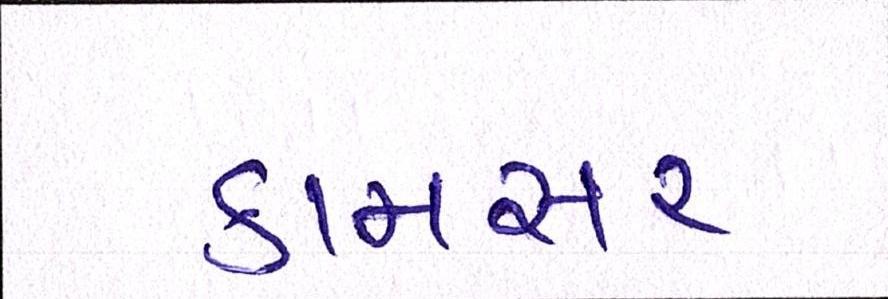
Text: કામસર